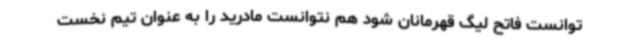
توانست فاتح لیگ قهرمانان شود هم نتوانست مادرید را به عنوان تیم نخست